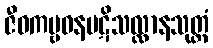
ဇီဝကမ္ဗဝနပဋိသလ္လာနသုတ္တံ